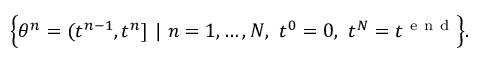
\Big \{ \theta ^ { n } = ( t ^ { n - 1 } , t ^ { n } ] \ | \ n = 1 , \ldots , N , \ t ^ { 0 } = 0 , \ t ^ { N } = t ^ { \mathrm { ~ e ~ n ~ d ~ } } \Big \} .